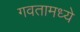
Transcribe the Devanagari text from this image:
गवतामध्ये